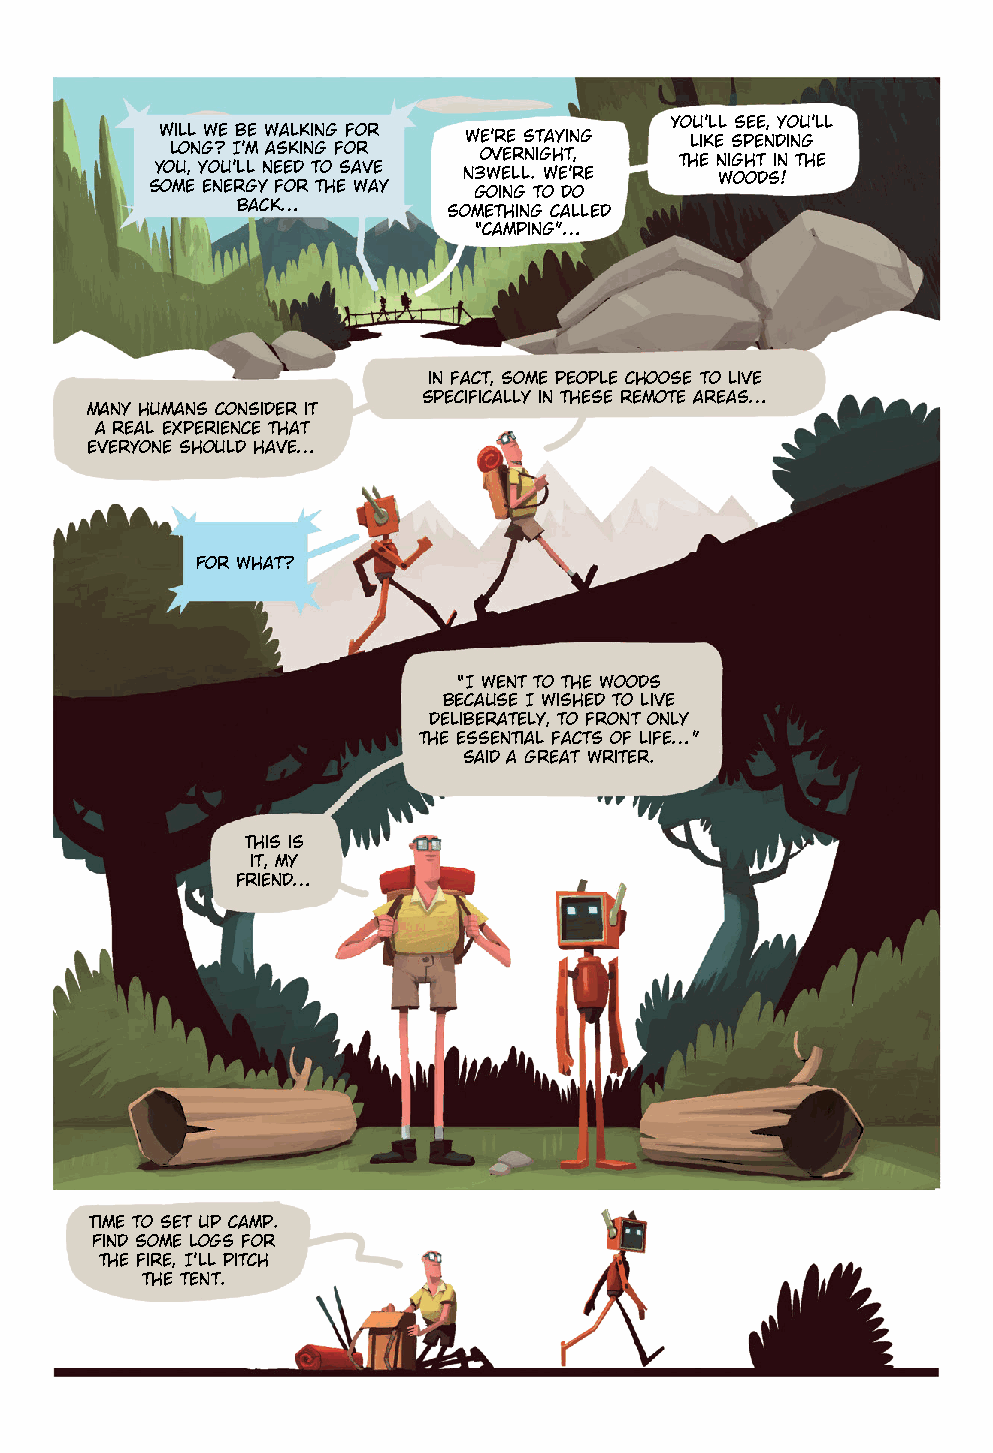
You’ll see, you’ll
 Will we be walking for We’re staying like spending
 long? I’m asking for overnight,   the night in the
 you, you’ll need to save N3well. We’re woods!
 some energy for the way going to do
 back…         something called
 “camping”…
 in fact, some people choose to live
 specifically in these remote areas…
 Many humans consider it
 a real experience that
 everyone should have…
 For what?
 “I went to the woods
 because I wished to live
 deliberately, to front only
 the essential facts of life…”
 said a great writer.
 This is
 it, my
 friend…
 Time to set up camp.
 Find some logs for
 the fire, I’ll pitch
 the tent.